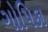
ગોપિકા